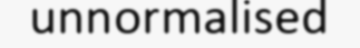
unnormalised